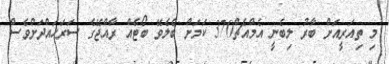
މި ތިއަރީއަށް ބާރު ލިބެނީ އެމްއެޗް370 ކަމަށް ބެލެވޭ ބޯޓެއް ރާއްޖޭގެ ސަރަހައްދަށްވެސް